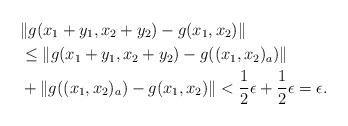
LaTeX: \begin{align*}&{\left\|g(x_1+y_1,x_2+y_2)-g(x_1,x_2)\right\|}\\&\leq{\left\|g(x_1+y_1,x_2+y_2)-g((x_1,x_2)_{a})\right\|}\\&+{\left\|g((x_1,x_2)_{a})-g(x_1,x_2)\right\|}<\frac{1}{2}\epsilon+\frac{1}{2}\epsilon=\epsilon.\end{align*}